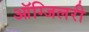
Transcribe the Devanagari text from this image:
ऑग्जिलरी